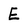
Character: E